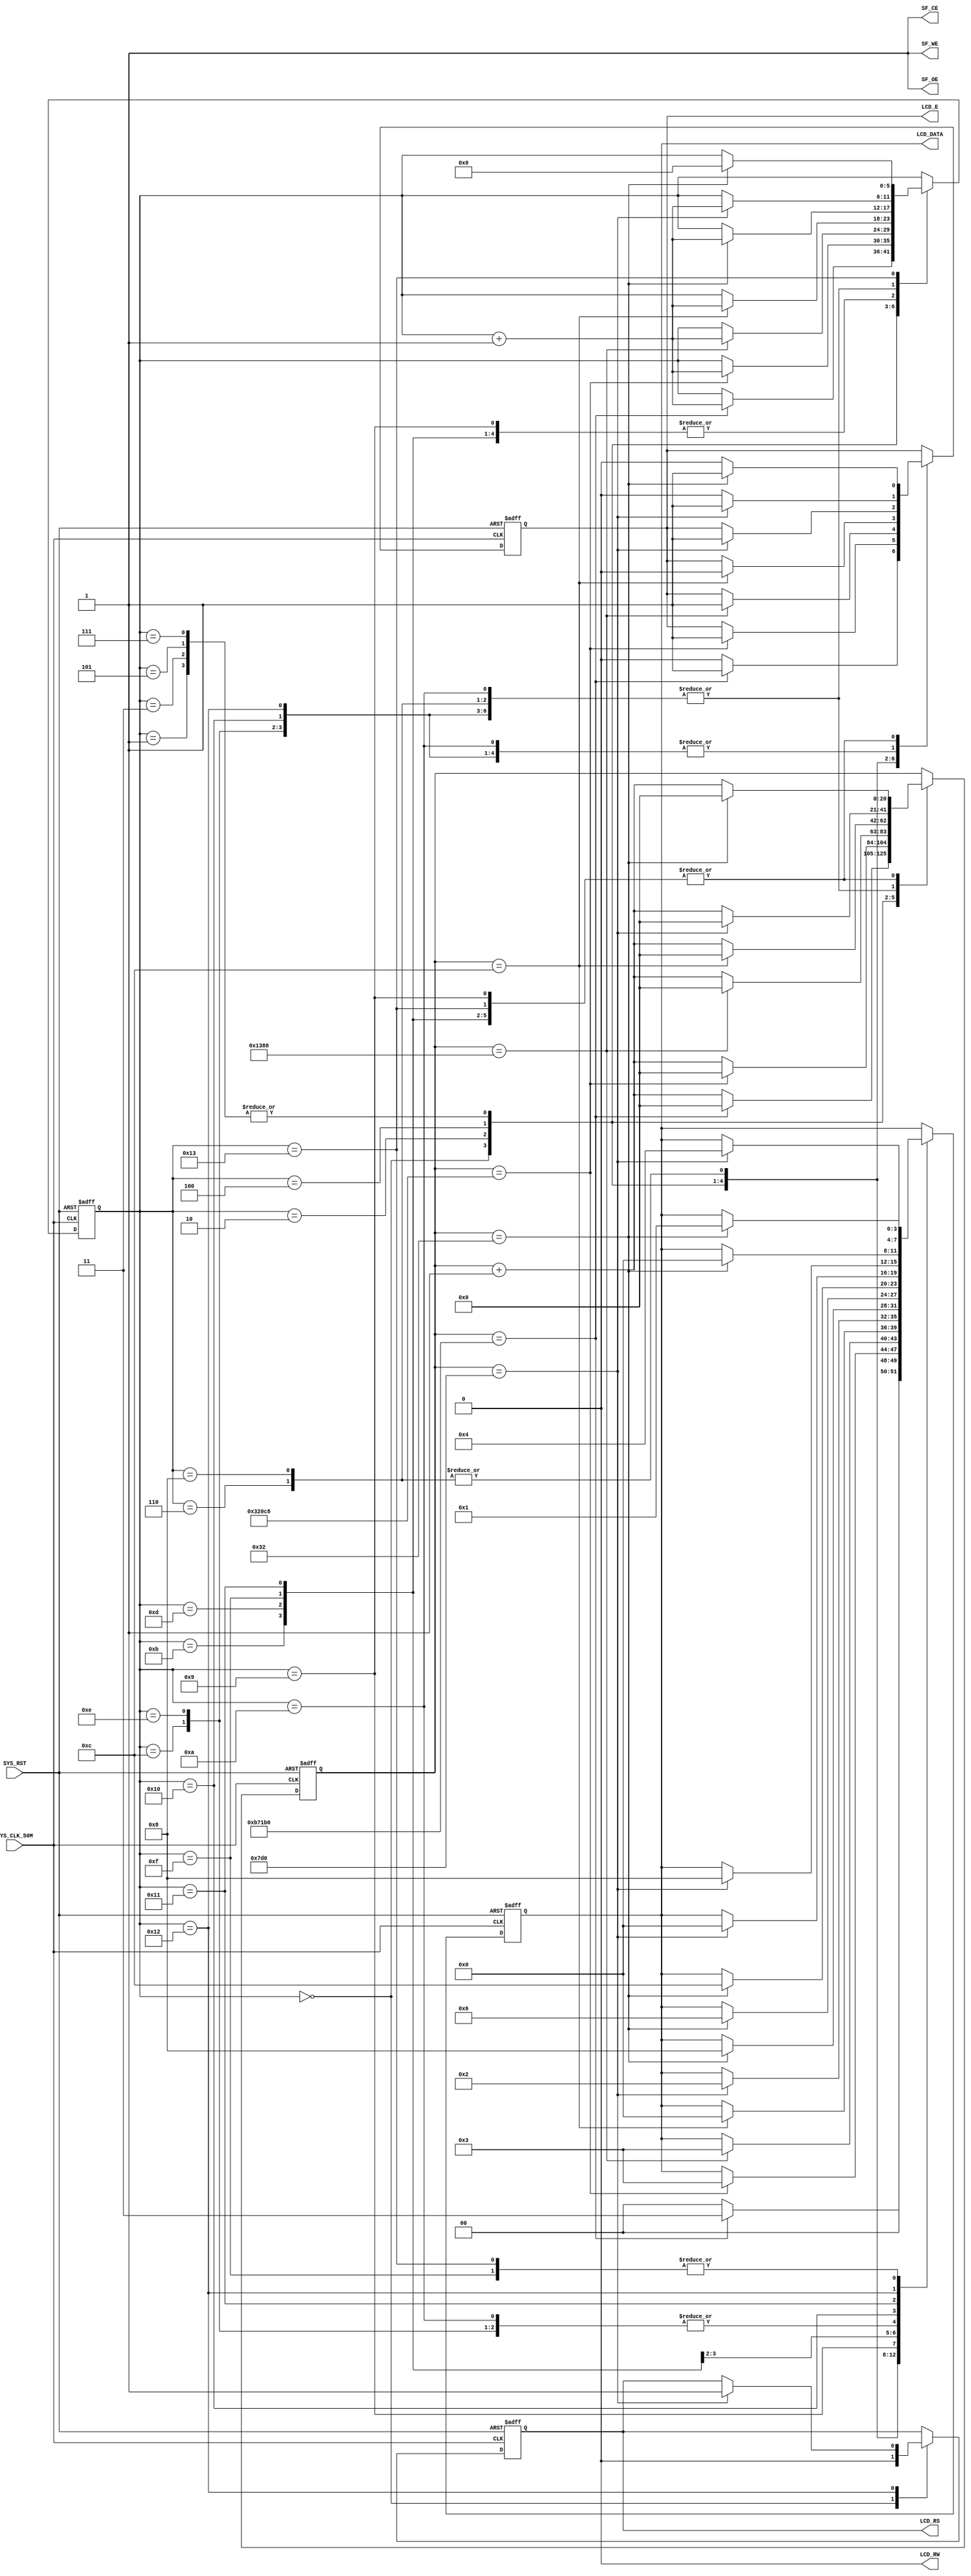
`timescale 1ns / 1ps
//////////////////////////////////////////////////////////////////////////////////
// 
// Design Name: LCD Controller
// Module Name: lcd_controller.v
// Target Board: SPARTAN-3E FPGA BOARD
// Target Devices: XC3SE
// Tool versions: ISE 14.7
// Description: 
// 
// Revision 0.01 - File Created
// Additional Comments: 
//
//////////////////////////////////////////////////////////////////////////////////
module lcd_controller(
				SYS_CLK_50M,		//Global Clock, GCLK10 = 50Mhz
				SYS_RST,				//Active High System Reset, Push BTN SOUTH
				LCD_RS,				//LCD Register select. 0 = Instruction register during write. 1 = Data Regisfor read or write
				LCD_RW,				//LCD Read/Write Control. 0 = Write, LCD accepts data. 1 = Read, LCD presents data
				LCD_E,				//LCD Read/Write Enable Pulse. 0 = Disabled. 1 = Read/Write operation enabled
				LCD_DATA,			//4-bit LCD Data Bus
				SF_OE,				//Strata Flash Chip Enable
				SF_CE,				//Strata Flash Chip Enable
				SF_WE					//Strata Flash Write Enable
    );

	//Input Ports
	input SYS_CLK_50M;
	input SYS_RST;
	
	//Output Ports
	output LCD_RS;
	output LCD_RW;
	output LCD_E;
	output [7:4]LCD_DATA;
	output SF_OE;
	output SF_CE;
	output SF_WE;
	
	//Data Types
	reg LCD_RS;
	reg LCD_E;
	reg [7:4]LCD_DATA;
	
	//Internal Registers
	reg [5:0]state;
	reg [20:0]timer;
	
	assign LCD_RW = 0;	//LCD write access only
	
	//Strata Flash must be disabled to prevent it conflicting with LCD 
	assign SF_OE = 1'b1;
	assign SF_CE = 1'b1;
	assign SF_WE = 1'b1;
	
	//Code begins
	always @ (posedge SYS_CLK_50M or posedge SYS_RST)
	begin
		if (SYS_RST == 1'b1) 
			begin 
				timer <= 0; 
				state <= 0; 
				LCD_E <= 0;
				LCD_RS <= 0;
				LCD_DATA <= 4'b0000;
			end
		else
			begin
				case (state)
					//Spartan-3E Starter kit Board User Guide. UG230 (v1.0)
				
					//--------------------Power-On Initialization------------------//
					0: begin
							LCD_RS <= 0; LCD_E <= 0; LCD_DATA <= 4'b0000;
							if (timer == 750000) 	//Wait 15ms (750000 clock cycles). Set timer = 75 for simulation.
								begin 
									LCD_E <= 1;
									LCD_DATA <= 4'b0011;		//Write 0x3 
									timer <= 0;	state <= state + 1; end
							else	timer <= timer + 1;
						end	//end state 0
					
					1: begin
							if (timer == 12)				//wait 12 clock cycles
								begin 
									LCD_E <= 0; 			//LCD_E Low after 12 clock cycles
									LCD_DATA <= 4'b0000;		//Write 0x0
									timer <= 0; state <= state + 1; 
								end
							else timer <= timer + 1;
						end	//end state 1
					
					2: begin			
							if (timer == 205000)		//wait 4.1ms (timer = 205000). Set timer = 205 for simulation.
								begin 
									LCD_E <= 1;
									LCD_DATA <= 4'b0011;		//Write 0x3
									timer <= 0; state <= state + 1; 
								end
							else	timer <= timer + 1;
						end	//end state 2
					
					3:	begin
							if (timer == 12)			//wait 12 clock cycles	
								begin
									LCD_E <= 0;					//LCD_E Low after 12 clock cycles
									LCD_DATA <= 4'b0000;		//Write 0x0
									timer <= 0; state <= state + 1; 
								end
							else	timer <= timer + 1;
						end	//end state 3
					
					4: begin
							if (timer == 5000)		//wait 100us (timer = 5000). Set timer = 50 for simulation.
								begin
									LCD_E <= 1;
									LCD_DATA <= 4'b0011; 	//Write 0x3
									timer <= 0; state <= state + 1;	
								end
							else	timer <= timer + 1;
						end	//end state 4
							
					5: begin
							if (timer == 12)			//wait 12 clock cycles
								begin 
									LCD_E <= 0; 				//LCD_E Low after 12 clock cycles
									LCD_DATA <= 4'b0000;		//Write 0x0
									timer <= 0;	state <= state + 1; 
								end
							else	timer <= timer + 1;
						end	//end state 5
					
					6: begin
							if (timer == 2000)		//wait 40us (timer = 2000). Set timer = 20 for simulation.
								begin	
									LCD_E <= 1;
									LCD_DATA <= 4'b0010;		//Write 0x2
									timer <= 0;	state <= state + 1;	
								end
							else	timer <= timer + 1;
						end	//end state 6
					
					7: begin
							if (timer == 12)			//wait 12 clock cycles
								begin	
									LCD_E <= 0;				//LCD_E Low after 12 clock cycles
									LCD_DATA <= 4'b0000;		//Write 0x0
									timer <= 0; state <= state + 1;	
								end
							else	timer <= timer + 1;
						end	//end state 7
					
					//--------------------Display Configuration (LCD_RS=0)------------------------//
							//-------------------Function set (0x28)---------------------------//
					8:	begin
							if (timer == 2000)	//wait 40us (timer = 2000). Set timer = 20 for simulation.
								begin	
									LCD_E <= 1; 
									LCD_DATA <= 4'b0010; //Upper Nibble
									timer <= 0; state <= state + 1; 
								end
							else	timer <= timer + 1;
						end	//end state 8
										
					9: begin
							LCD_E <= 0;				
							if (timer == 50)		//wait 1us
								begin 
									LCD_E <= 1; 
									LCD_DATA <= 4'b1000; //Lower Nibble(10DB1DB0). DB1=0. DB0=0.
									timer <= 0; state <= state + 1; 
								end  
							else	timer <= timer + 1;
						 end	//end state 9
						
						//-----------------Entry Mode Set (0x06)---------------------------//
						
					10: begin
							LCD_E <= 0; 
							if (timer == 2000)	//wait 40us (timer = 2000). Set timer = 20 for simulation.
								begin 
									LCD_E <= 1; 
									LCD_DATA <= 4'b0000; //Upper Nibble
									timer <= 0; state <= state + 1; end  
							else	timer <= timer + 1;
						end	//end state 10	
					
					11: begin 
							LCD_E <= 0;
							if (timer == 50) //wait 1us
								begin 
									LCD_E <= 1;
									LCD_DATA <= 4'b0110; //Lower Nibble(01I/DS). I/D=1. S=0.
									timer <= 0; state <= state + 1; 
								end
							else timer <= timer + 1;
						 end	//end state 11
					
						//-----------------Display On/Off (0x0C)---------------------------//
						
					12: begin
							LCD_E <= 0;		
							if (timer == 2000)	//wait 40us (timer = 2000). Set timer = 20 for simulation.
								begin 
									LCD_E <= 1;
									LCD_DATA <= 4'b0000; //Upper Nibble
									timer <= 0;  timer <= 0; state <= state + 1; 
								end  
							else	timer <= timer + 1;
						 end	//end state 12
		
					13: begin
							LCD_E <= 0; 
							if (timer == 50)	//wait 1us
								begin	
									LCD_E <= 1;
									LCD_DATA <= 4'b1100; //Lower Nibble(1DCB). D=1. C=0. B=0.
									timer <= 0; state <= state + 1; end  
							else	timer <= timer + 1;
						 end	//end state 13	
						
						//------------------Clear Display (0x01)--------------------------//
						
					14: begin 
							LCD_E <= 0;  
							if (timer == 2000)	//wait 40us (timer = 2000). Set timer = 20 for simulation.
								begin 
									LCD_E <= 1; 
									LCD_DATA <= 4'b0000; //Upper Nibble
									timer <= 0; state <= state + 1; end
							else timer <= timer + 1;
						 end	//end state 14
					
					15: begin
							LCD_E <= 0;					
							if (timer == 50)		//wait 1us
								begin 
									LCD_E <= 1; 
									LCD_DATA <= 4'b0001; //Lower Nibble
									timer <= 0; state <= state + 1; end  
							else	timer <= timer + 1;
						 end	//end state 15		
						
			//Spartan-3E Starter kit Board User Guide. UG230 (v1.0)
			//Figure 5-4: LCD Character Set
			
					//------------------Set DD RAM address (0x80)------------------------//	
					16: begin 
							LCD_E <= 0; 
							if (timer == 2000)	//wait 40us (timer = 2000). Set timer = 20 for simulation.
								begin
									LCD_E <= 1; 
									LCD_DATA <= 4'b1000; //Upper Nibble
									timer <= 0; state <= state + 1;
								end
							else timer <= timer + 1;
						end	//end state 16
				
					17: begin
							LCD_E <= 0;				
							if (timer == 50)		//wait 1us
								begin 
									LCD_E <= 1; 
									LCD_DATA <= 4'b0000; //Lower Nibble
									timer <= 0; state <= state + 1; 
								end  
							else	timer <= timer + 1;
						 end	//end state 17	
			
			 //-----------------Writing Data to the Display (LCD_RS=1)-------------------//
					//------------------write A------------------------//		
					18: begin 
							LCD_E <= 0;
							if (timer == 2000)	//wait 40us (timer = 2000). Set timer = 20 for simulation.
								begin
									LCD_RS <= 1; LCD_E <= 1;
									LCD_DATA <= 4'b0100; //Upper Nibble 'A'
									timer <= 0; state <= state + 1; 
								end
							else timer <= timer + 1;
						 end	//end state 18
					
					19: begin
							LCD_E <= 0;				
							if (timer == 50)		//wait 1us
								begin timer <= 0; LCD_E <= 1; LCD_DATA <= 4'b0001; state <= 0; end  //Lower Nibble 'A'
							else	timer <= timer + 1;
						 end	//end state 19		
					
				endcase	
			end	//end else
	end	//end always
endmodule